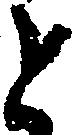
と